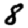
Digit: 8